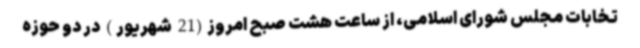
تخابات مجلس شورای اسلامی، از ساعت هشت صبح امروز(21 شهریور) در دو حوزه